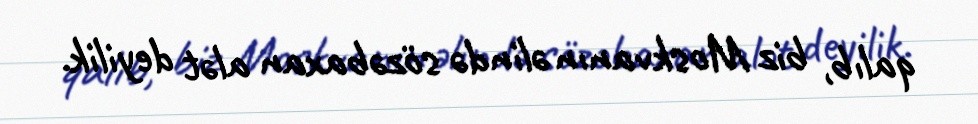
qalıb, biz Moskvanın əlində sözəbaxan alət deyilik.